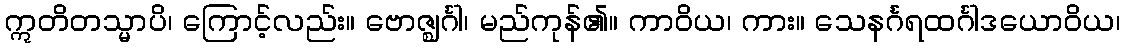
ဣတိတသ္မာပိ၊ ကြောင့်လည်း။ ဗောဇ္ဈင်္ဂါ၊ မည်ကုန်၏။ ကာဝိယ၊ ကား။ သေနင်္ဂရထင်္ဂါဒယောဝိယ၊